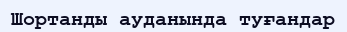
Шортанды ауданында туғандар